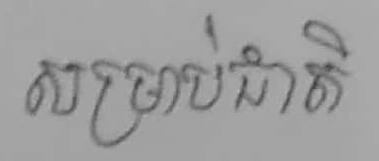
សម្រាប់ជាតិ